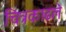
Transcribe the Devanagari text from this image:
चित्रकाढले